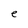
Character: e